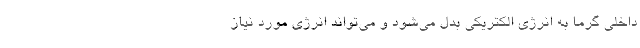
داخلی گرما به انرژی الکتریکی بدل می‌شود و می‌تواند انرژی مورد نیاز